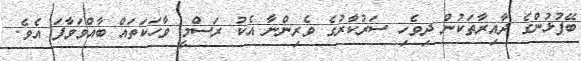
ބޭފުޅުންގެ ދާއިރާތަކުން ދިވެހި ސަރުކާރުގެ ވެރިންނާ އެކު ރަސްމީ ވާހަކަތައް ބާއްވަވާފަ އެވެ.